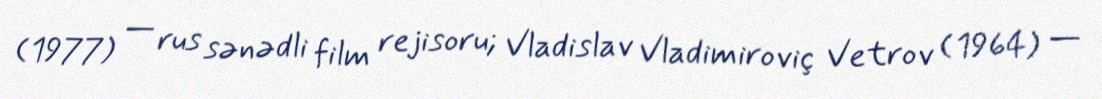
(1977) — rus sənədli film rejisoru; Vladislav Vladimiroviç Vetrov (1964) —